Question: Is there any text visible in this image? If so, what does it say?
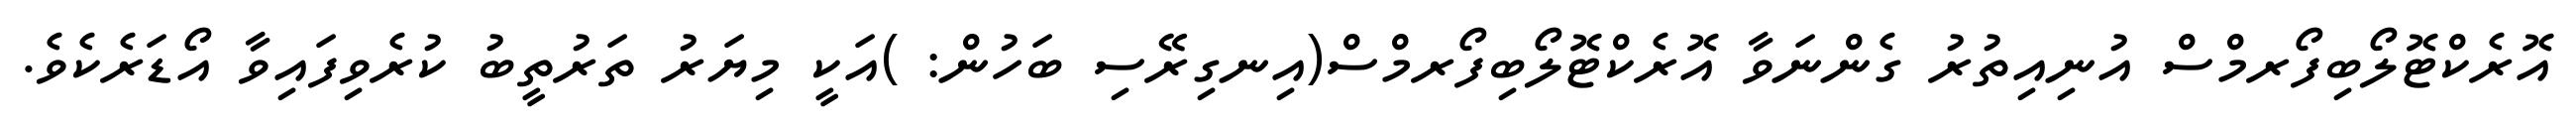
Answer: އޮރެކްޓޮލޯބިފޯރމްސް އުނިއިތުރު ގެންނަވާ އޮރެކްޓޮލޯބިފޯރމްސް(އިނގިރޭސި ބަހުން: )އަކީ މިޔަރު ތަރުތީބު ކުރެވިފައިވާ އޯޑަރެކެވެ.